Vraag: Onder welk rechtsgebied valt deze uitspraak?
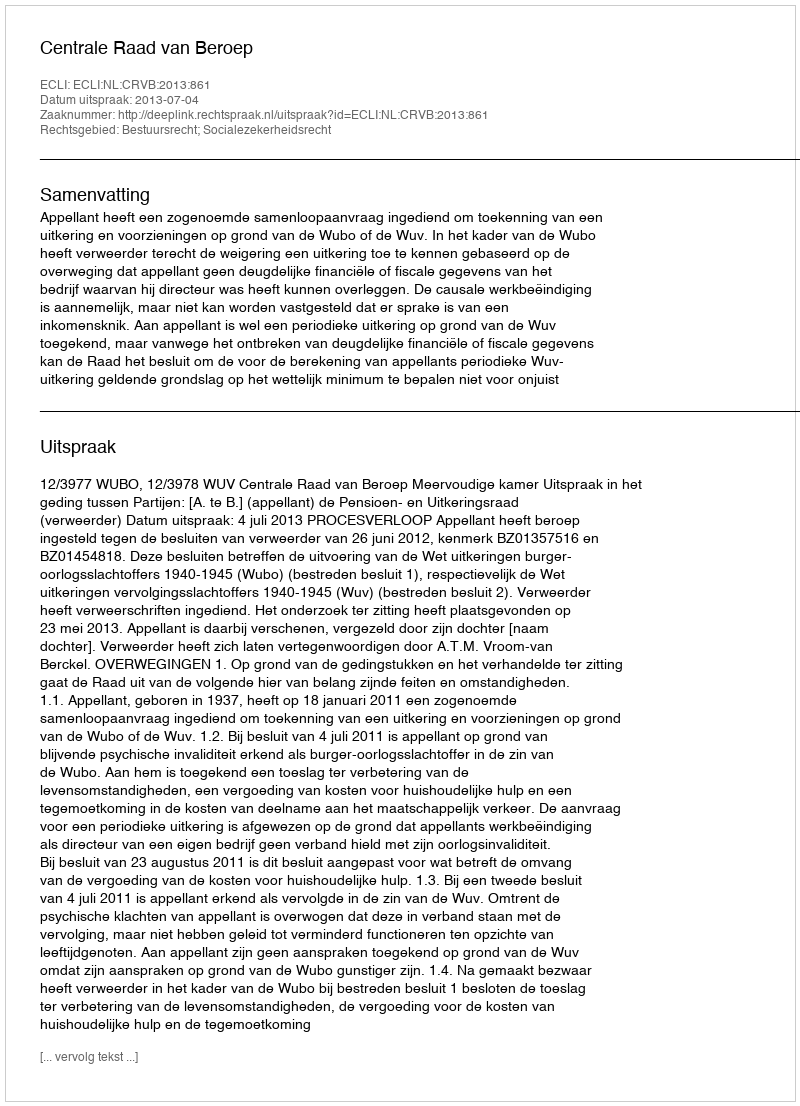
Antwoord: Bestuursrecht; Socialezekerheidsrecht